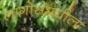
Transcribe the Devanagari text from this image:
लागोसमधील